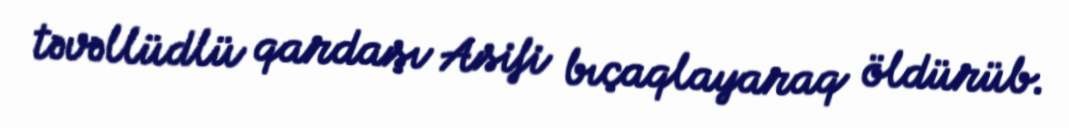
təvəllüdlü qardaşı Asifi bıçaqlayaraq öldürüb.